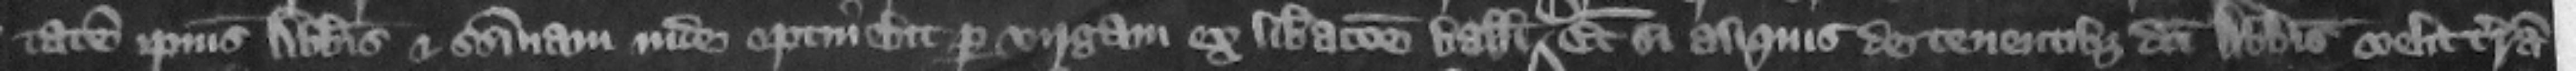
tatem ipsius abbatis et seisinam inde optinebit per virgam ex liberacione balliui D Et quod si aliquis de tenentibus dicti abbatis velit terram